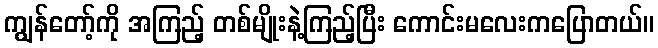
ကျွန်တော့်ကို အကြည့် တစ်မျိုးနဲ့ကြည့်ပြီး ကောင်းမလေးကပြောတယ်။